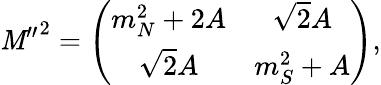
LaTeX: {\mathit{M}^{\prime\prime}}^{2}=\left(\begin{array}{cc}{{m_{N}^{2}+2A}}&{{\sqrt{2}A}}\\ {{\sqrt{2}A}}&{{m_{S}^{2}+A}}\end{array}\right),